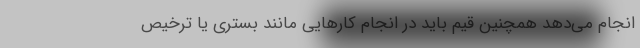
انجام می‌دهد همچنین قیم باید در انجام کارهایی مانند بستری یا ترخیص